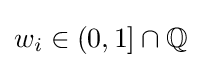
w_{i}\in (0,1]\cap \mathbb {Q}